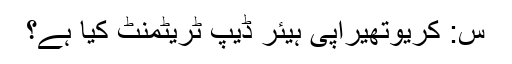
س: کریوتھیراپی ہیئر ڈیپ ٹریٹمنٹ کیا ہے؟